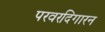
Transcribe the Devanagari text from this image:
परवरदिगारन